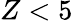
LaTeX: Z<5